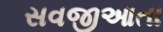
સવજીઆતા